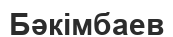
Бәкімбаев